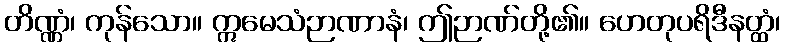
တိဏ္ဏံ၊ ကုန်သော။ ဣမေသံဉာဏာနံ၊ ဤဉာဏ်တို့၏။ ဟေတုပရိဒီနတ္ထံ၊